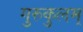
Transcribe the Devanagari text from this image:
गुरुकुलम्